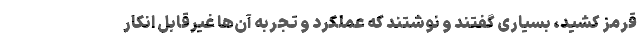
قرمز کشید، بسیاری گفتند و نوشتند که عملکرد و تجربه آن‌ها غیرقابل انکار